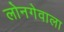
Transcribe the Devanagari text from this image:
लोनगेवाला